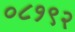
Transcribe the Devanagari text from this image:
०८१९२